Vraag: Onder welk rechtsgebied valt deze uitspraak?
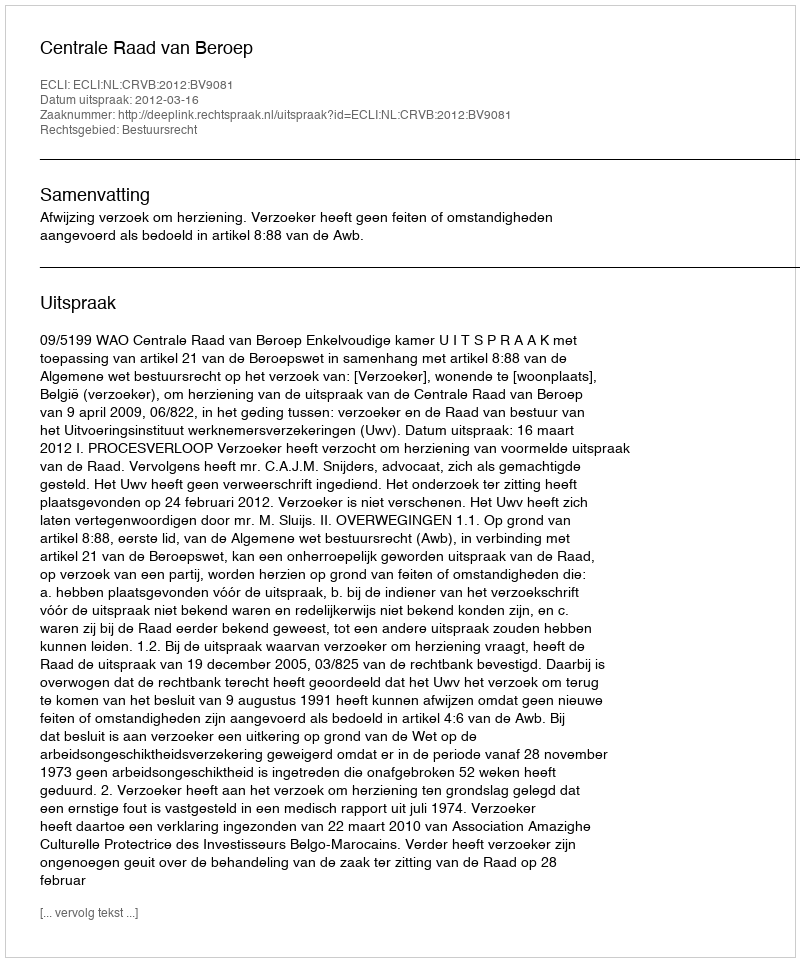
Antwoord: Bestuursrecht